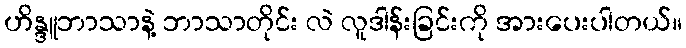
ဟိန္ဒူဘာသာနဲ့ ဘာသာတိုင်း လဲ လူဒါန်းခြင်းကို အားပေးပါတယ်။